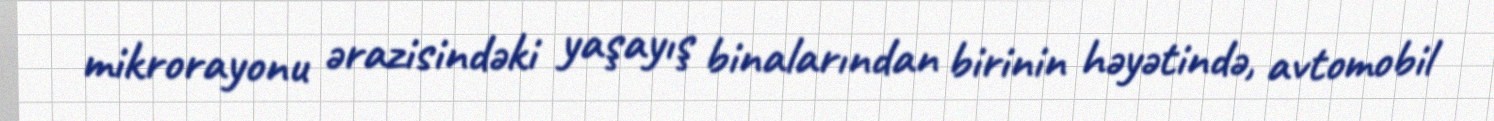
mikrorayonu ərazisindəki yaşayış binalarından birinin həyətində, avtomobil